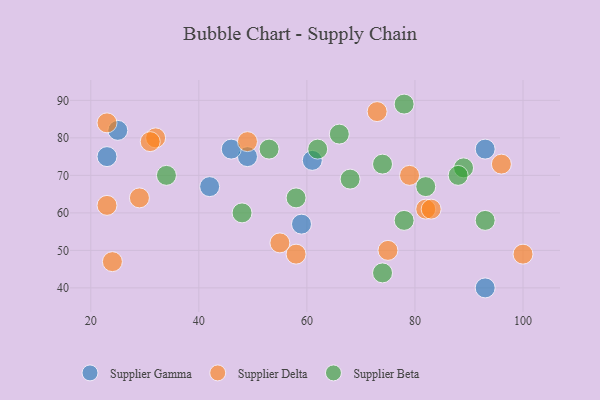
{"axis": {"x": "GDP", "y": "Life Expectancy"}, "legend": ["Supplier Beta", "Supplier Delta", "Supplier Gamma"], "data": [{"x": "49", "y": 75, "type": "Supplier Gamma"}, {"x": "93", "y": 40, "type": "Supplier Gamma"}, {"x": "25", "y": 82, "type": "Supplier Gamma"}, {"x": "42", "y": 67, "type": "Supplier Gamma"}, {"x": "59", "y": 57, "type": "Supplier Gamma"}, {"x": "61", "y": 74, "type": "Supplier Gamma"}, {"x": "93", "y": 77, "type": "Supplier Gamma"}, {"x": "23", "y": 75, "type": "Supplier Gamma"}, {"x": "46", "y": 77, "type": "Supplier Gamma"}, {"x": "82", "y": 61, "type": "Supplier Delta"}, {"x": "73", "y": 87, "type": "Supplier Delta"}, {"x": "32", "y": 80, "type": "Supplier Delta"}, {"x": "24", "y": 47, "type": "Supplier Delta"}, {"x": "58", "y": 49, "type": "Supplier Delta"}, {"x": "23", "y": 62, "type": "Supplier Delta"}, {"x": "31", "y": 79, "type": "Supplier Delta"}, {"x": "29", "y": 64, "type": "Supplier Delta"}, {"x": "100", "y": 49, "type": "Supplier Delta"}, {"x": "55", "y": 52, "type": "Supplier Delta"}, {"x": "83", "y": 61, "type": "Supplier Delta"}, {"x": "96", "y": 73, "type": "Supplier Delta"}, {"x": "79", "y": 70, "type": "Supplier Delta"}, {"x": "23", "y": 84, "type": "Supplier Delta"}, {"x": "49", "y": 79, "type": "Supplier Delta"}, {"x": "75", "y": 50, "type": "Supplier Delta"}, {"x": "78", "y": 58, "type": "Supplier Beta"}, {"x": "68", "y": 69, "type": "Supplier Beta"}, {"x": "74", "y": 73, "type": "Supplier Beta"}, {"x": "82", "y": 67, "type": "Supplier Beta"}, {"x": "58", "y": 64, "type": "Supplier Beta"}, {"x": "53", "y": 77, "type": "Supplier Beta"}, {"x": "34", "y": 70, "type": "Supplier Beta"}, {"x": "78", "y": 89, "type": "Supplier Beta"}, {"x": "62", "y": 77, "type": "Supplier Beta"}, {"x": "89", "y": 72, "type": "Supplier Beta"}, {"x": "74", "y": 44, "type": "Supplier Beta"}, {"x": "93", "y": 58, "type": "Supplier Beta"}, {"x": "48", "y": 60, "type": "Supplier Beta"}, {"x": "66", "y": 81, "type": "Supplier Beta"}, {"x": "88", "y": 70, "type": "Supplier Beta"}]}